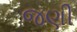
જણી